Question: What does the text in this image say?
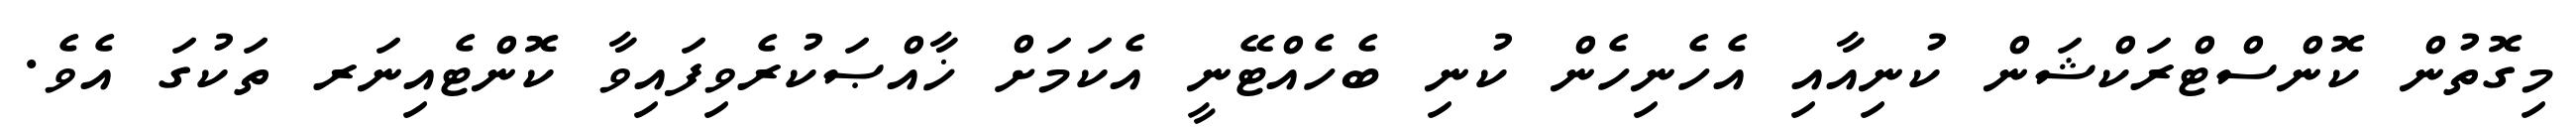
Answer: މިގޮތުން ކޮންސްޓްރަކްޝަން ކުނިއާއި އެހެނިހެން ކުނި ބެހެއްޓޭނީ އެކަމަށް ޚާއްޞަކުރެވިފައިވާ ކޮންޓެއިނަރ ތަކުގަ އެވެ.